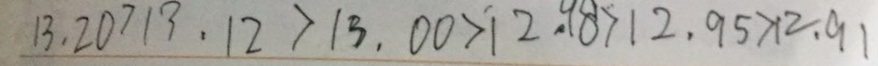
1 3 . 2 0 > 1 3 . 1 2 > 1 3 . 0 0 > 1 2 . 9 8 > 1 2 . 9 5 > 1 2 . 9 1